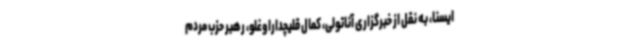
ایسنا، به نقل از خبرگزاری آناتولی، کمال قلیچداراوغلو، رهبر حزب مردم